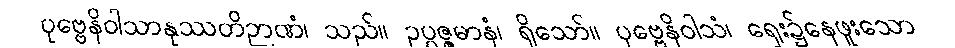
ပုဗ္ဗေနိဝါသာနုဿတိဉာဏံ၊ သည်။ ဥပ္ပဇ္ဇမာနံ၊ ရှိသော်။ ပုဗ္ဗေနိဝါသံ၊ ရှေး၌နေဖူးသော